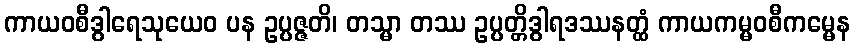
ကာယဝစီဒွါရေသုယေဝ ပန ဥပ္ပဇ္ဇတိ၊ တသ္မာ တဿ ဥပ္ပတ္တိဒွါရဒဿနတ္ထံ ကာယကမ္မဝစီကမ္မေန